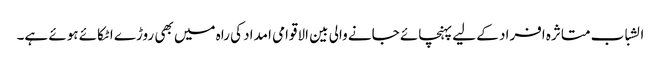
الشباب متاثرہ افراد کے لیے پہنچائے جانے والی بین الاقوامی امداد کی راہ میں بھی روڑے اٹکائے ہوئے ہے۔